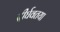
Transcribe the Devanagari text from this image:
दीर्घवतया